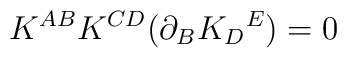
K^{A B} K^{C D} (\partial_B K_D{}^E) = 0